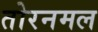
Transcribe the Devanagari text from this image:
तोरनमल